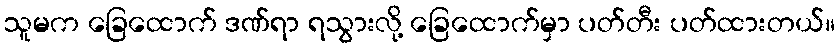
သူမက ခြေထောက် ဒဏ်ရာ ရသွားလို့ ခြေထောက်မှာ ပတ်တီး ပတ်ထားတယ်။